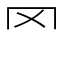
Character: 罓